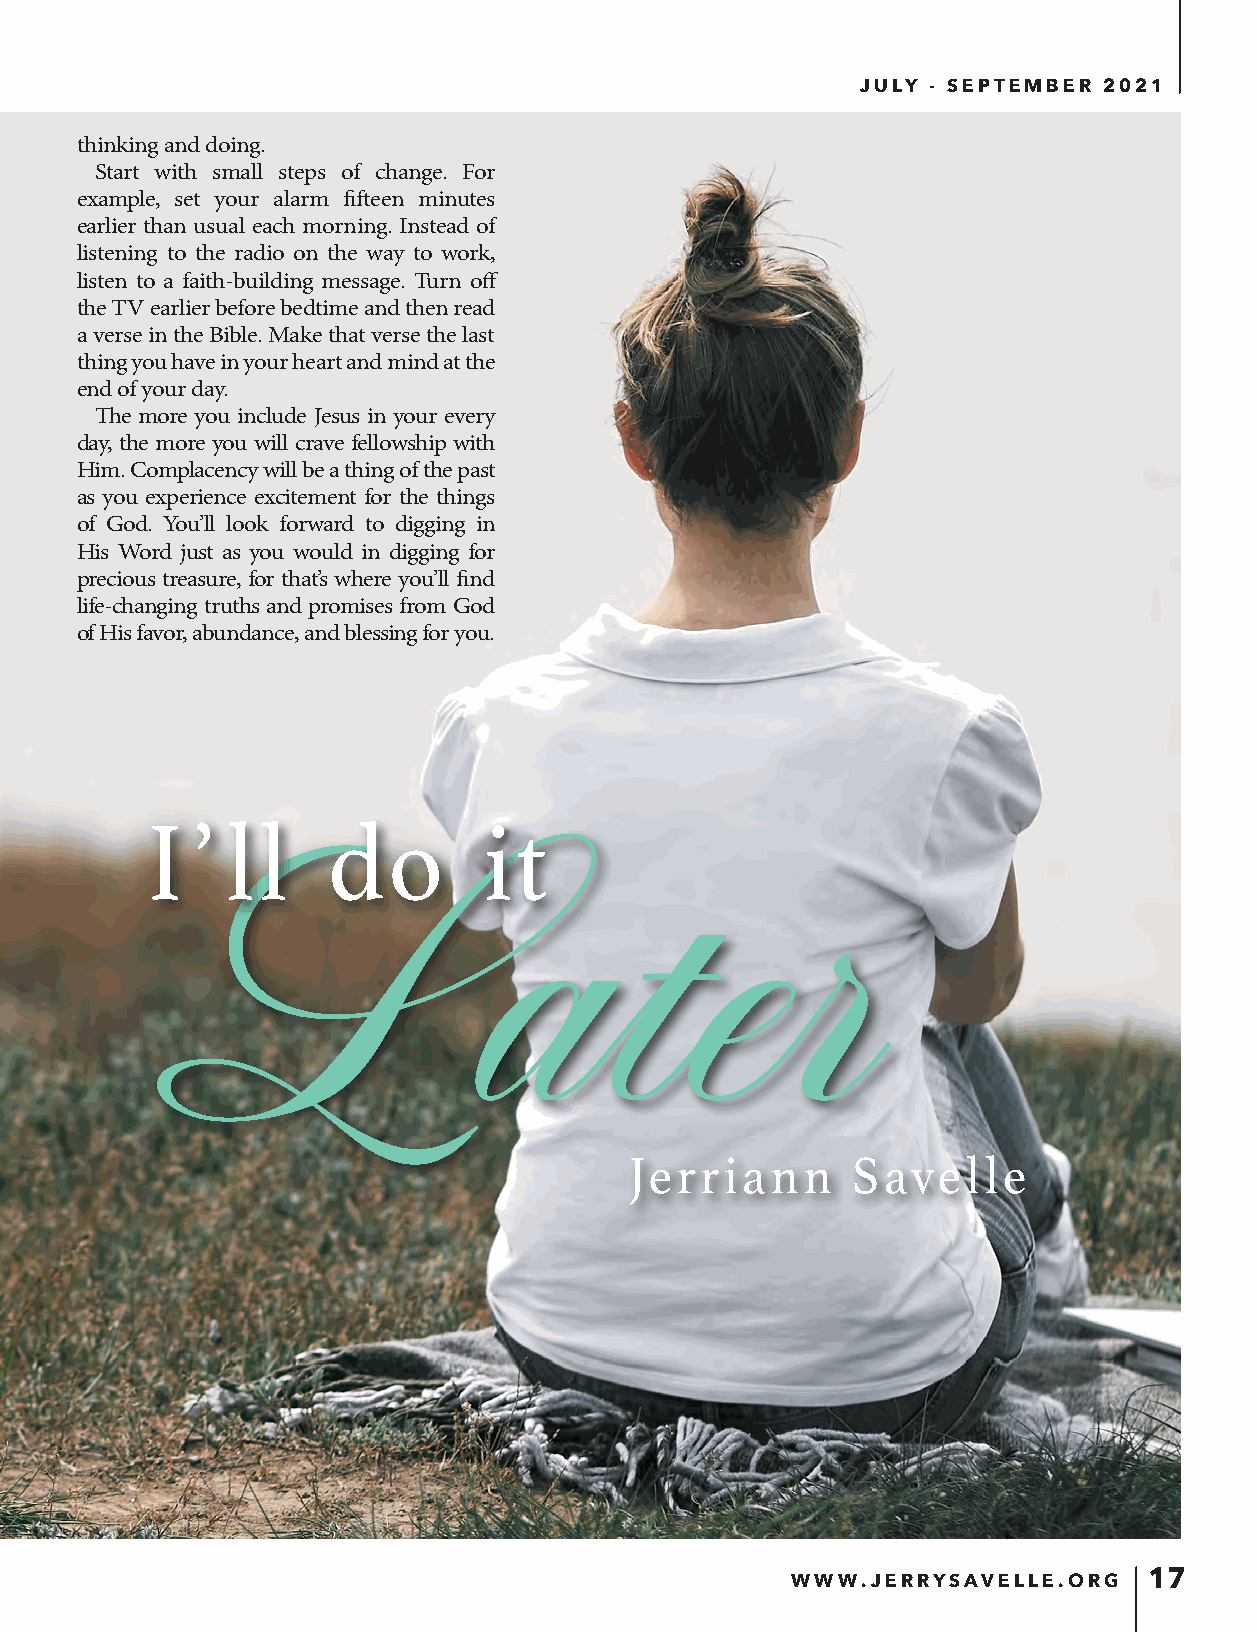
JULY - SEPTEMBER 2021
 thinking and doing.
 Start with small steps of change. For
 example, set your alarm fifteen minutes
 earlier than usual each morning. Instead of
 listening to the radio on the way to work,
 listen to a faith-building message. Turn off
 the TV earlier before bedtime and then read
 a verse in the Bible. Make that verse the last
 thing you have in your heart and mind at the
 end of your day.
 The more you include Jesus in your every
 day, the more you will crave fellowship with
 Him. Complacency will be a thing of the past
 as you experience excitement for the things
 of God. You’ll look forward to digging in
 His Word just as you would in digging for
 precious treasure, for that’s where you’ll find
 life-changing truths and promises from God
 of His favor, abundance, and blessing for you.
 I  ’ ll     do        it
 L                     ater
 Jerriann      Savelle
 WWW.JERRYSAVELLE.ORG    17